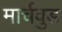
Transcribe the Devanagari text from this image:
मार्चवुड